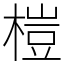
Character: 榿